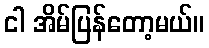
ငါ အိမ်ပြန်တော့မယ်။